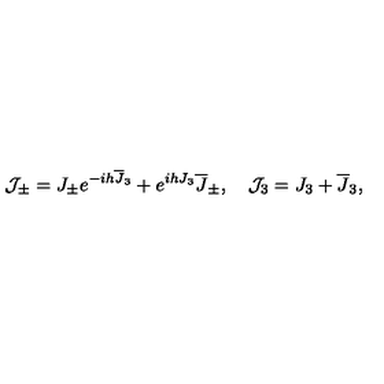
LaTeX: { \cal J } _ { \pm } = J _ { \pm } e ^ { - i h { \overline { J } } _ { 3 } } + e ^ { i h J _ { 3 } } { \overline { J } } _ { \pm } , \quad { \cal J } _ { 3 } = J _ { 3 } + { \overline { J } } _ { 3 } ,